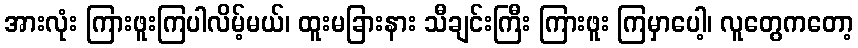
အားလုံး ကြားဖူးကြပါလိမ့်မယ်၊ ထူးမခြားနား သီချင်းကြီး ကြားဖူး ကြမှာပေါ့၊ လူတွေကတော့